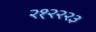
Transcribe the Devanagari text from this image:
२१२२२३